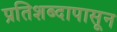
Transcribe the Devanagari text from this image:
प्रतिशब्दापासून